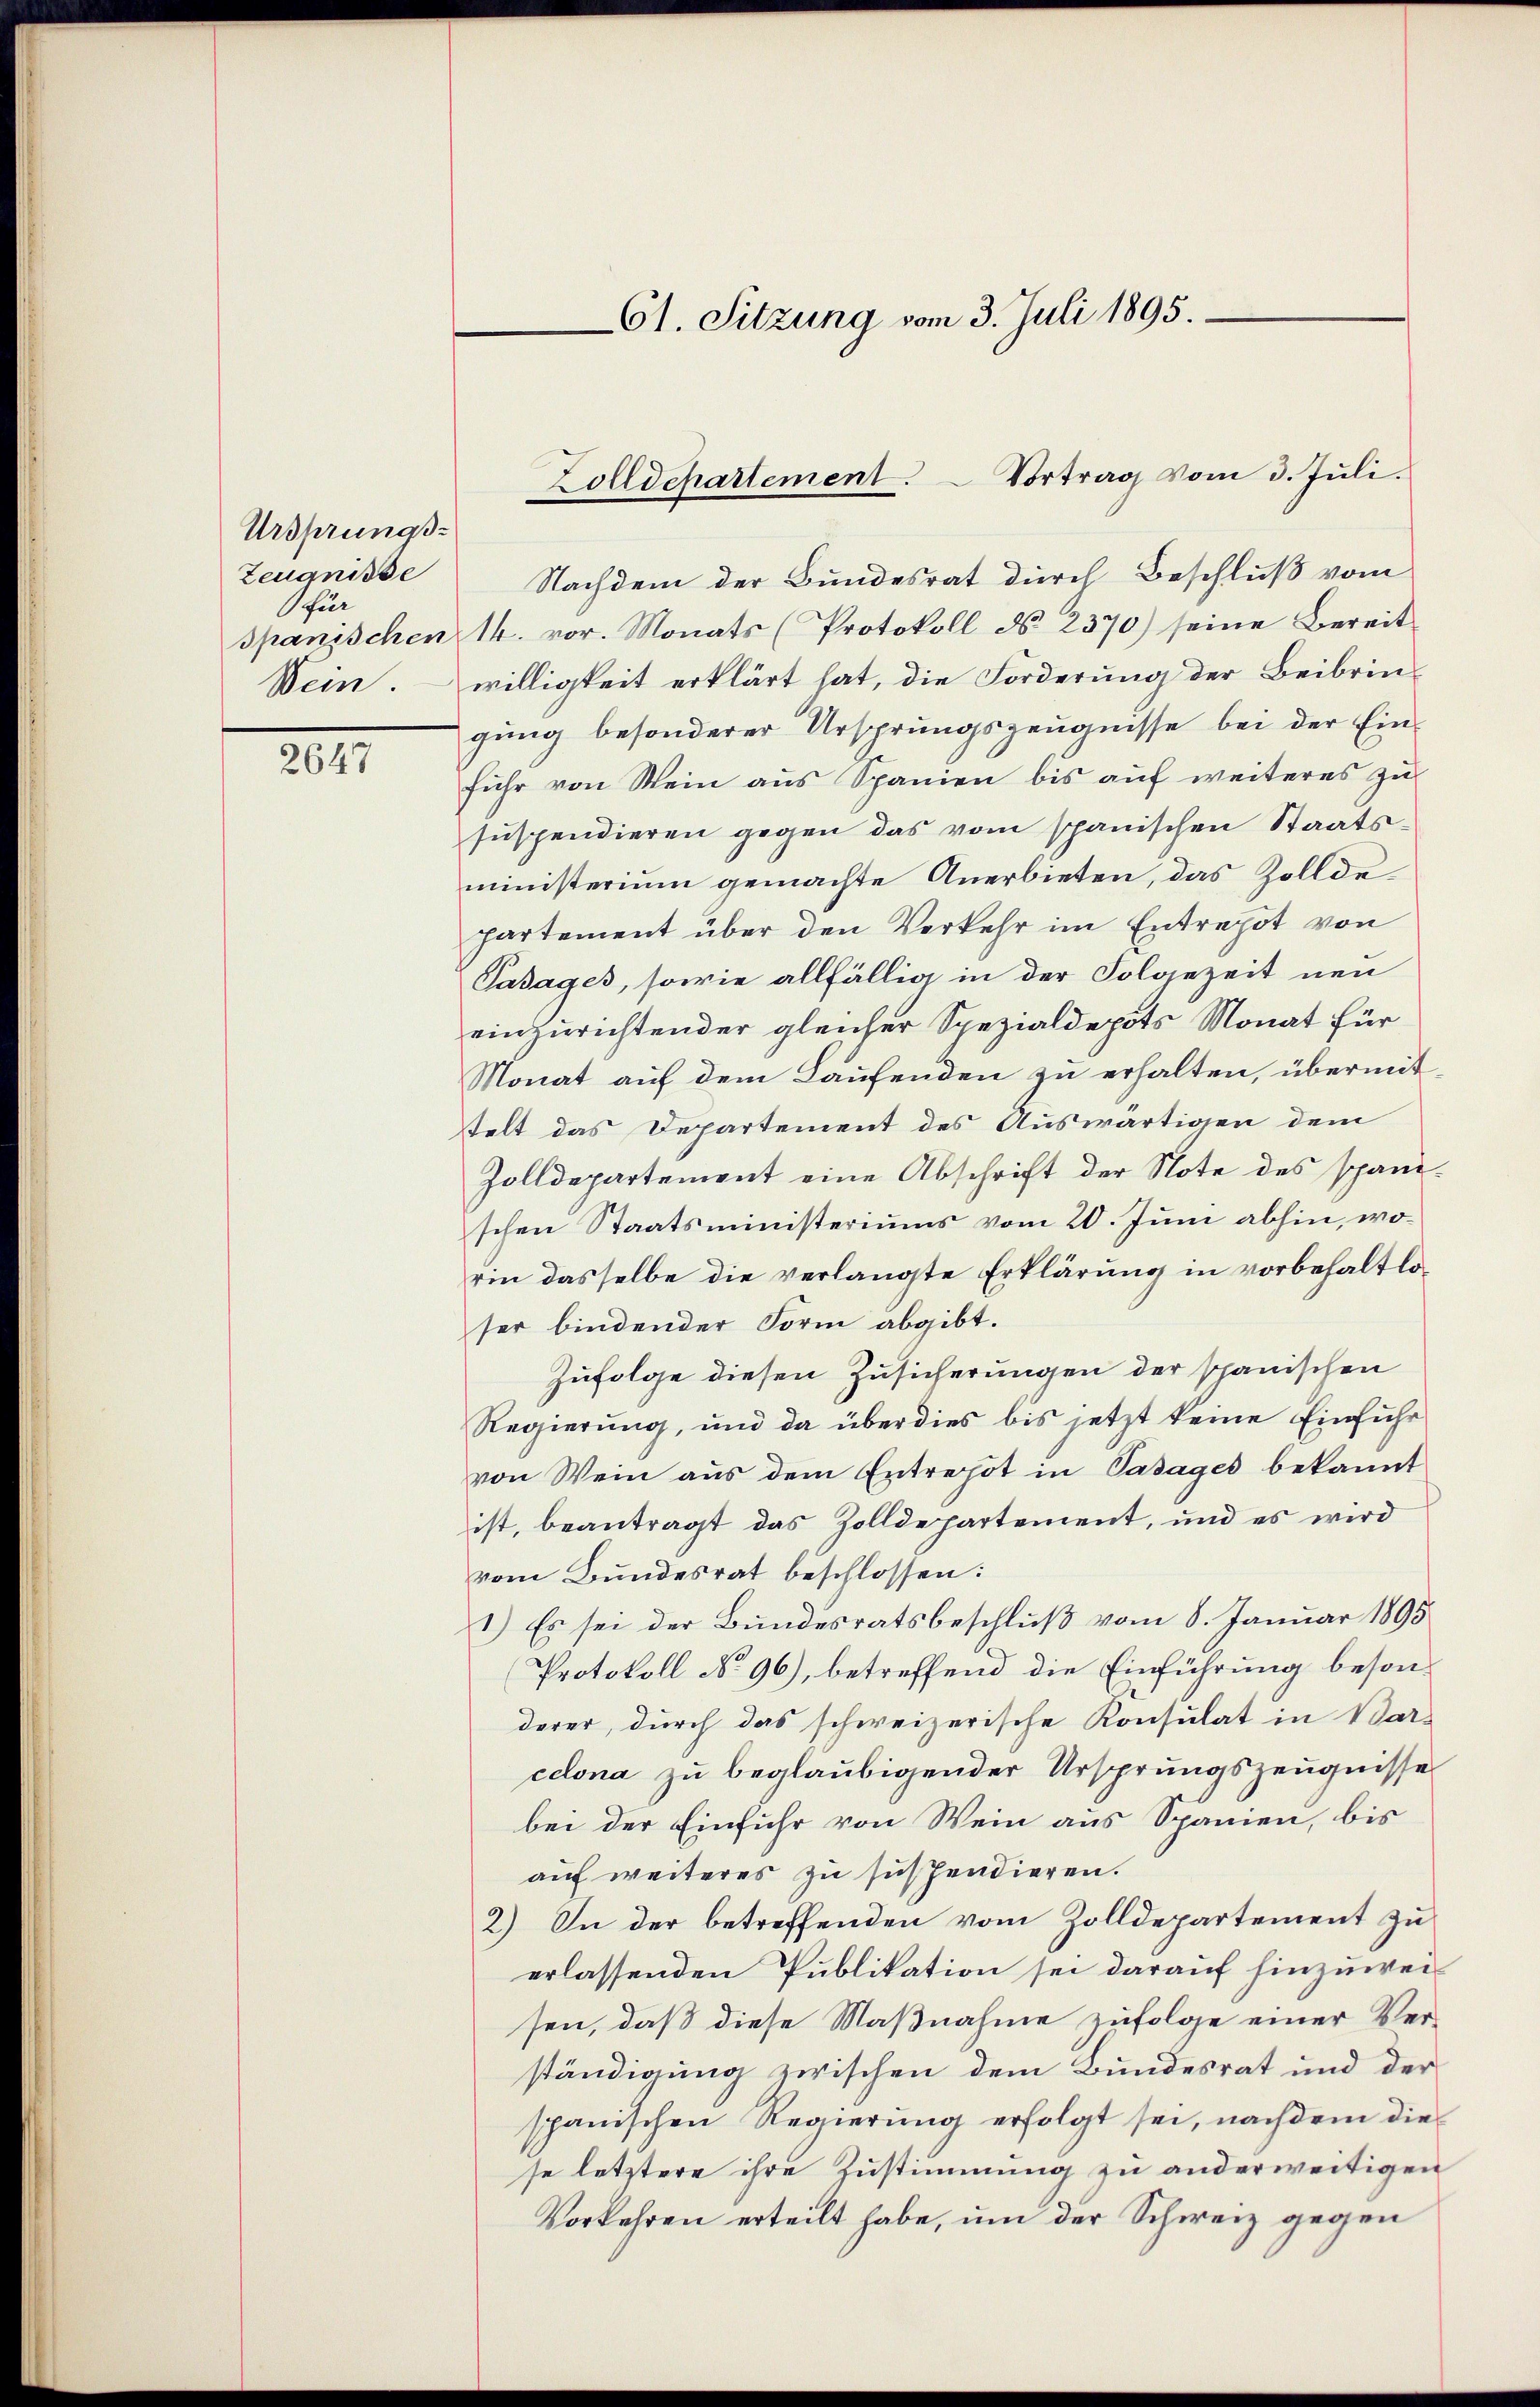
Ursprungs-
Zeugnisse
Ofür

201

Nachdem der Bundesrat durch Beschluß vom
spanischen 14. vor. Monats (Protokoll d. 2370) seine Bereit
Wein. willigkeit erklärt hat, die Forderung der Beibrin-
gung besonderer Ursprungszeugnisse bei der Einfuhr von Wein aus Spanien bis auf weiteres zu
sŭspendieren gegen das vom spanischen Staats-
ministerium gemachte Anerbieten, das Zolldepartement über den Verkehr im Entrepot von
Pasages, sowie allfällig in der Folgezeit neu
einzurichtender gleicher Spezialdepots Monat für
Monat auf dem Laufenden zu erhalten, übermit
telt das Departement des Auswärtigen dem
Zolldepartement eine Abschrift der Note des spanischen Staatsministeriums vom 20. Juni abhin, worin dasselbe die verlangte Erklärung in vorbehaltloser bindender Form abgibt.
Zufolge diesen Zusicherungen der spanischen
Regierung, und da überdies bis jetzt keine Einfuhr
von Wein aus dem Entrepot in Patages bekannt
ist, beantragt das Zolldepartement, und es wird
vom Bundesrat beschlossen:
1.) Es sei der Bundesratsbeschluß vom 8. Januar 1895
Protokoll No 96), betreffend die Einführung besonderer, durch das schweizerische Konsulat in Bar-
celona zu beglaubigender Ursprungszeugnisse
bei der Einfuhr von Wein aus Spanien, bis
auf weiteres zu suspendieren.
2) In der betreffenden vom Zolldepartement zu
erlassenden Publikation sei darauf hinzuweisen, daß diese Maßnahme zufolge einer Ver-
ständigung zwischen dem Bundesrat und der
spanischen Regierung erfolgt sei, nachdem die
se letztere ihre Zustimmung zu anderweitigen
Vorkehren erteilt habe, um der Schweiz gegen

61. Sitzung vom 3. Juli 1895.

Zolldepartement. Vortrag vom 3. Jŭli.